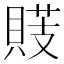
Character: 䝸